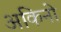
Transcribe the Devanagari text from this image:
अकिनो